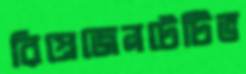
রিপ্রেজেনটেটিভ